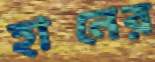
হানের